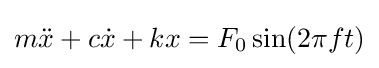
m{\ddot {x}}+c{\dot {x}}+kx=F_{0}\sin(2\pi ft)